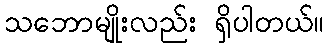
သဘောမျိုးလည်း ရှိပါတယ်။